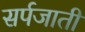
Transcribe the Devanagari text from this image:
सर्पजाती